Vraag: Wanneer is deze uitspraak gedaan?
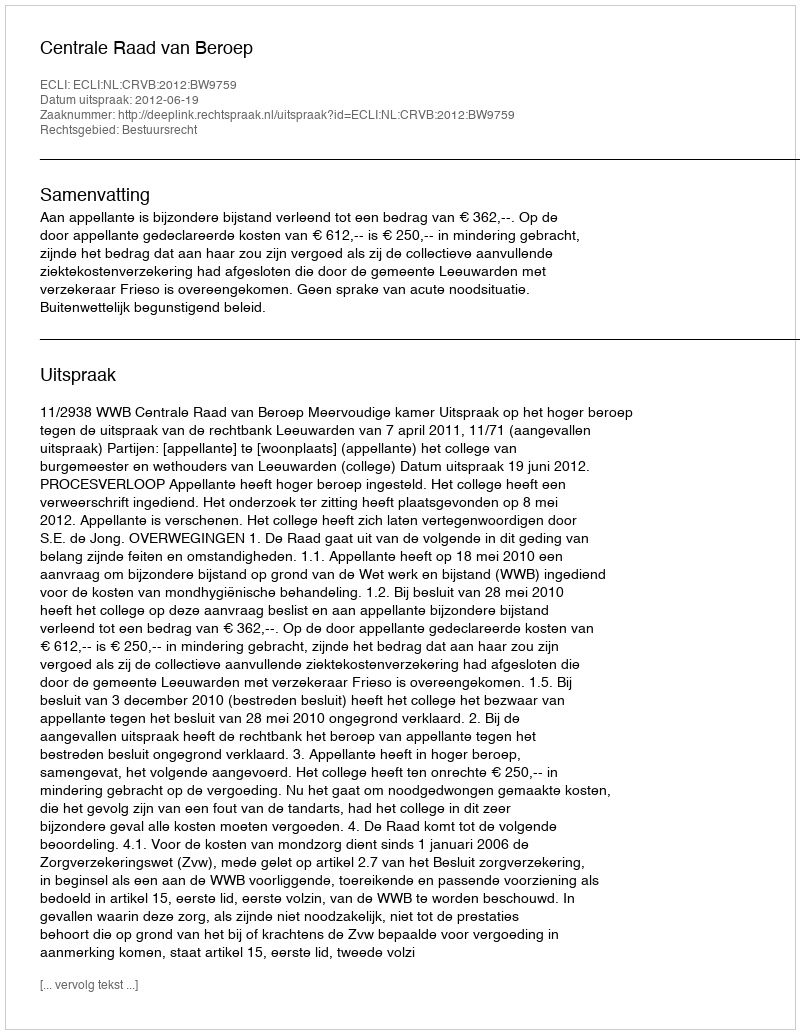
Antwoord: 2012-06-19